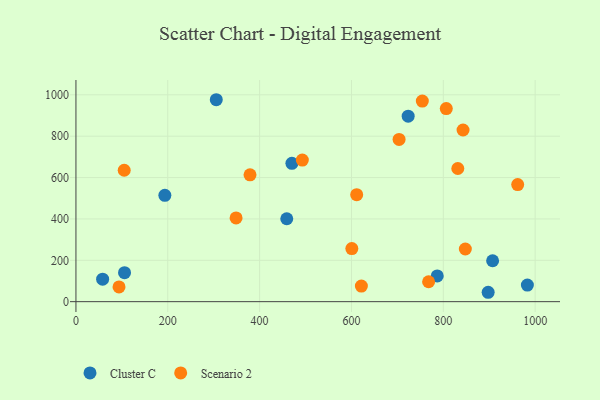
{"axis": {"x": "Engine Size", "y": "Salary"}, "legend": ["Cluster C", "Scenario 2"], "data": [{"x": "786.8", "y": 124.3, "type": "Cluster C"}, {"x": "459.1", "y": 400.9, "type": "Cluster C"}, {"x": "105.8", "y": 140.3, "type": "Cluster C"}, {"x": "305.6", "y": 976.4, "type": "Cluster C"}, {"x": "193.6", "y": 514.3, "type": "Cluster C"}, {"x": "897.7", "y": 45.4, "type": "Cluster C"}, {"x": "983.1", "y": 80.2, "type": "Cluster C"}, {"x": "907.4", "y": 197.8, "type": "Cluster C"}, {"x": "470.3", "y": 669.1, "type": "Cluster C"}, {"x": "723.5", "y": 897.0, "type": "Cluster C"}, {"x": "58.1", "y": 108.7, "type": "Cluster C"}, {"x": "93.8", "y": 71.2, "type": "Scenario 2"}, {"x": "703.7", "y": 784.3, "type": "Scenario 2"}, {"x": "600.8", "y": 256.6, "type": "Scenario 2"}, {"x": "962.0", "y": 566.0, "type": "Scenario 2"}, {"x": "621.6", "y": 75.2, "type": "Scenario 2"}, {"x": "754.3", "y": 969.9, "type": "Scenario 2"}, {"x": "493.0", "y": 684.6, "type": "Scenario 2"}, {"x": "611.4", "y": 517.2, "type": "Scenario 2"}, {"x": "768.0", "y": 96.4, "type": "Scenario 2"}, {"x": "379.1", "y": 613.5, "type": "Scenario 2"}, {"x": "105.1", "y": 635.5, "type": "Scenario 2"}, {"x": "848.0", "y": 254.7, "type": "Scenario 2"}, {"x": "831.6", "y": 643.8, "type": "Scenario 2"}, {"x": "348.7", "y": 405.1, "type": "Scenario 2"}, {"x": "806.5", "y": 933.5, "type": "Scenario 2"}, {"x": "843.0", "y": 830.1, "type": "Scenario 2"}]}